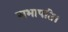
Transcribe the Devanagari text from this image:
सभापति।